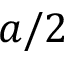
a / 2